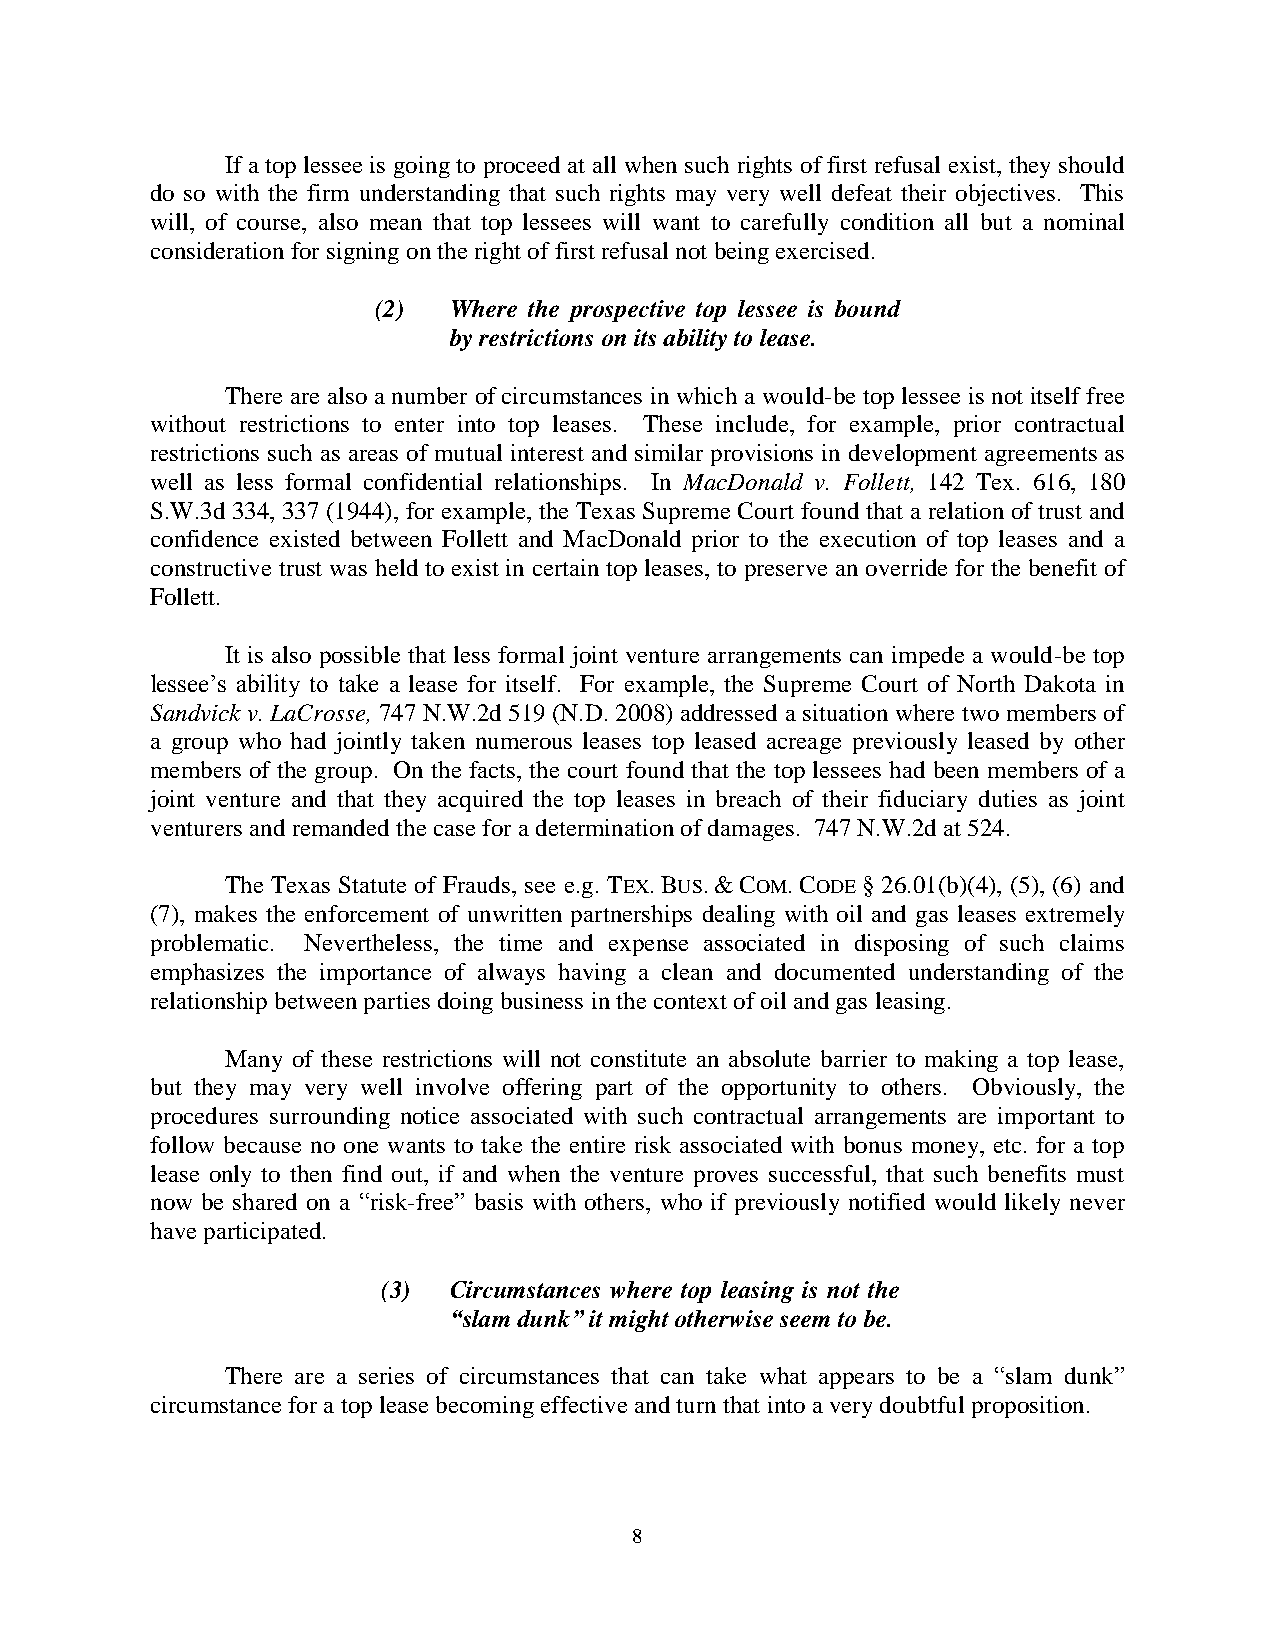
If a top lessee is going to proceed at all when such rights of first refusal exist, they should
 do so with the firm understanding that such rights may very well defeat their objectives. This
 will, of course, also mean that top lessees will want to carefully condition all but a nominal
 consideration for signing on the right of first refusal not being exercised.
 (2)  Where the prospective top lessee is bound
 by restrictions on its ability to lease.
 There are also a number of circumstances in which a would-be top lessee is not itself free
 without restrictions to enter into top leases. These include, for example, prior contractual
 restrictions such as areas of mutual interest and similar provisions in development agreements as
 well as less formal confidential relationships. In MacDonald v. Follett, 142 Tex. 616, 180
 S.W.3d 334, 337 (1944), for example, the Texas Supreme Court found that a relation of trust and
 confidence existed between Follett and MacDonald prior to the execution of top leases and a
 constructive trust was held to exist in certain top leases, to preserve an override for the benefit of
 Follett.
 It is also possible that less formal joint venture arrangements can impede a would-be top
 lessee‘s ability to take a lease for itself. For example, the Supreme Court of North Dakota in
 Sandvick v. LaCrosse, 747 N.W.2d 519 (N.D. 2008) addressed a situation where two members of
 a group who had jointly taken numerous leases top leased acreage previously leased by other
 members of the group. On the facts, the court found that the top lessees had been members of a
 joint venture and that they acquired the top leases in breach of their fiduciary duties as joint
 venturers and remanded the case for a determination of damages. 747 N.W.2d at 524.
 The Texas Statute of Frauds, see e.g. TEX. BUS. & COM. CODE § 26.01(b)(4), (5), (6) and
 (7), makes the enforcement of unwritten partnerships dealing with oil and gas leases extremely
 problematic. Nevertheless, the time and expense associated in disposing of such claims
 emphasizes the importance of always having a clean and documented understanding of the
 relationship between parties doing business in the context of oil and gas leasing.
 Many of these restrictions will not constitute an absolute barrier to making a top lease,
 but they may very well involve offering part of the opportunity to others. Obviously, the
 procedures surrounding notice associated with such contractual arrangements are important to
 follow because no one wants to take the entire risk associated with bonus money, etc. for a top
 lease only to then find out, if and when the venture proves successful, that such benefits must
 now be shared on a ―risk-free‖ basis with others, who if previously notified would likely never
 have participated.
 (3)  Circumstances where top leasing is not the
 “slam dunk” it might otherwise seem to be.
 There are a series of circumstances that can take what appears to be a ―slam dunk‖
 circumstance for a top lease becoming effective and turn that into a very doubtful proposition.
 8